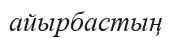
айырбастың